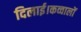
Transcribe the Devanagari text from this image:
दिलाई।कव्वालों